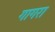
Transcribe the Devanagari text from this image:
गागरा